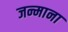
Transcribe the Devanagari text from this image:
जन्माना